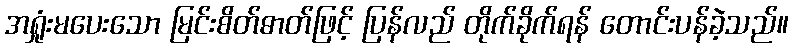
အရှုံးမပေးသော မြင်းစိတ်ဓာတ်ဖြင့် ပြန်လည် တိုက်ခိုက်ရန် တောင်းပန်ခဲ့သည်။